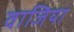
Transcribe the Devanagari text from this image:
वाजिया